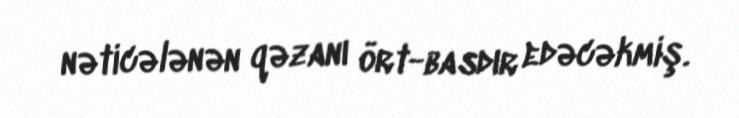
nəticələnən qəzanı ört-basdır edəcəkmiş.